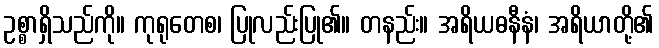
ဥစ္စာရှိသည်ကို။ ကုရုတေစ၊ ပြုလည်းပြု၏။ တနည်း။ အရိယဓနီနံ၊ အရိယာတို့၏